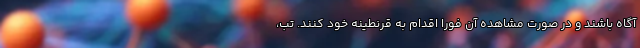
آگاه باشند و در صورت مشاهده آن فوراً اقدام به قرنطینه خود کنند. تب،